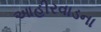
આહીરવાડના